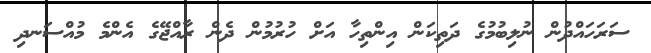
ސަރަހައްދުން ނުލިބުމުގެ ދަތިކަން އިންތިހާ އަށް ހުރުމުން ދެން ރާއްޖޭގެ އެންމެ މުއްސަނދި